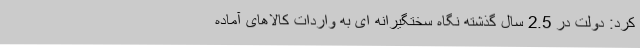
کرد: دولت در 2.5 سال گذشته نگاه سختگیرانه ای به واردات کالاهای آماده